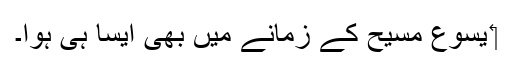
‏ یسوع مسیح کے زمانے میں بھی ایسا ہی ہوا۔